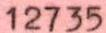
12735